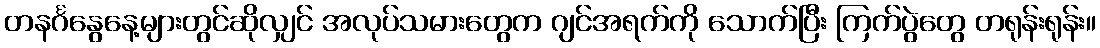
တနင်္ဂနွေနေ့များတွင်ဆိုလျှင် အလုပ်သမားတွေက ဂျင်အရက်ကို သောက်ပြီး ကြက်ပွဲတွေ တရုန်းရုန်း။